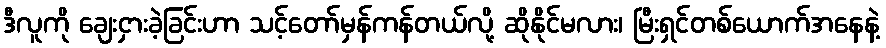
ဒီလူကို ချေးငှားခဲ့ခြင်းဟာ သင့်တော်မှန်ကန်တယ်လို့ ဆိုနိုင်မလား၊ မြီးရှင်တစ်ယောက်အနေနဲ့